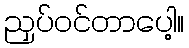
ညှပ်ဝင်တာပေါ့။